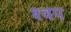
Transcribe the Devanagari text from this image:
श्वप